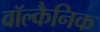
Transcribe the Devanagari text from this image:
वॉल्कैनिक